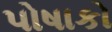
પોષાકો